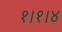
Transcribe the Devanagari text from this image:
१।१।४